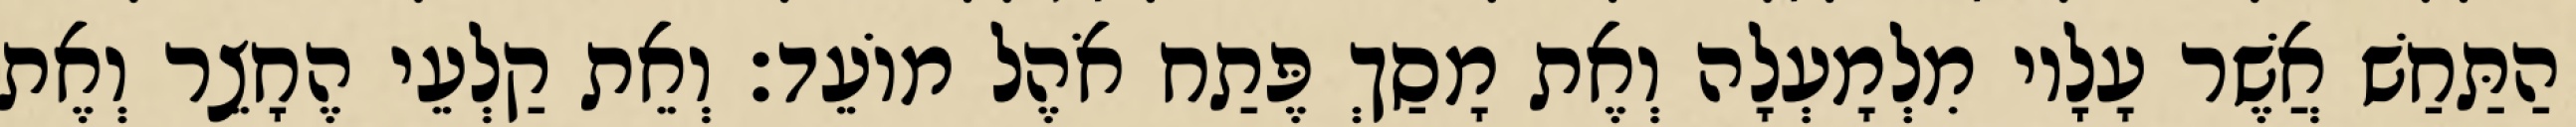
הַתַּחַשׁ אֲשֶׁר עָלָיו מִלְמָעְלָה וְאֶת מָסַךְ פֶּתַח אֹהֶל מוֹעֵד׃ וְאֵת קַלְעֵי הֶחָצֵר וְאֶת